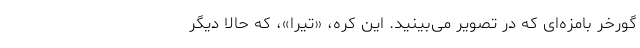
گورخر بامزه‌ای که در تصویر می‌بینید. این کره، «تیرا»، که حالا دیگر